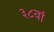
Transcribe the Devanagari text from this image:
३८वां